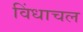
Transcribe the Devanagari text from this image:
विंधाचल